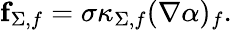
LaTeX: \begin{array}{r}{\mathbf{f}_{\Sigma,f}=\sigma\kappa_{\Sigma,f}(\nabla\alpha)_{f}.}\end{array}